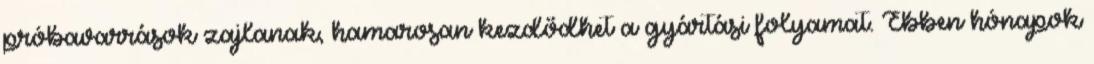
próbavarrások zajlanak, hamarosan kezdődhet a gyártási folyamat. Ebben hónapok